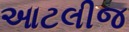
આટલીજ